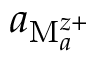
a _ { \mathrm { M } _ { a } ^ { z + } }